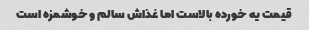
قیمت یه خورده بالاست اما غذاش سالم و خوشمزه است